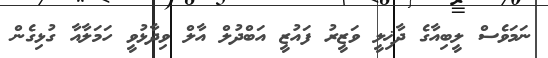
ނަމަވެސް ލީބިއާގެ ދާޚިލީ ވަޒީރު ފައުޒީ އަބްދުލް އާލް ވިދާޅުވީ ހަމަލާއާ ގުޅިގެން